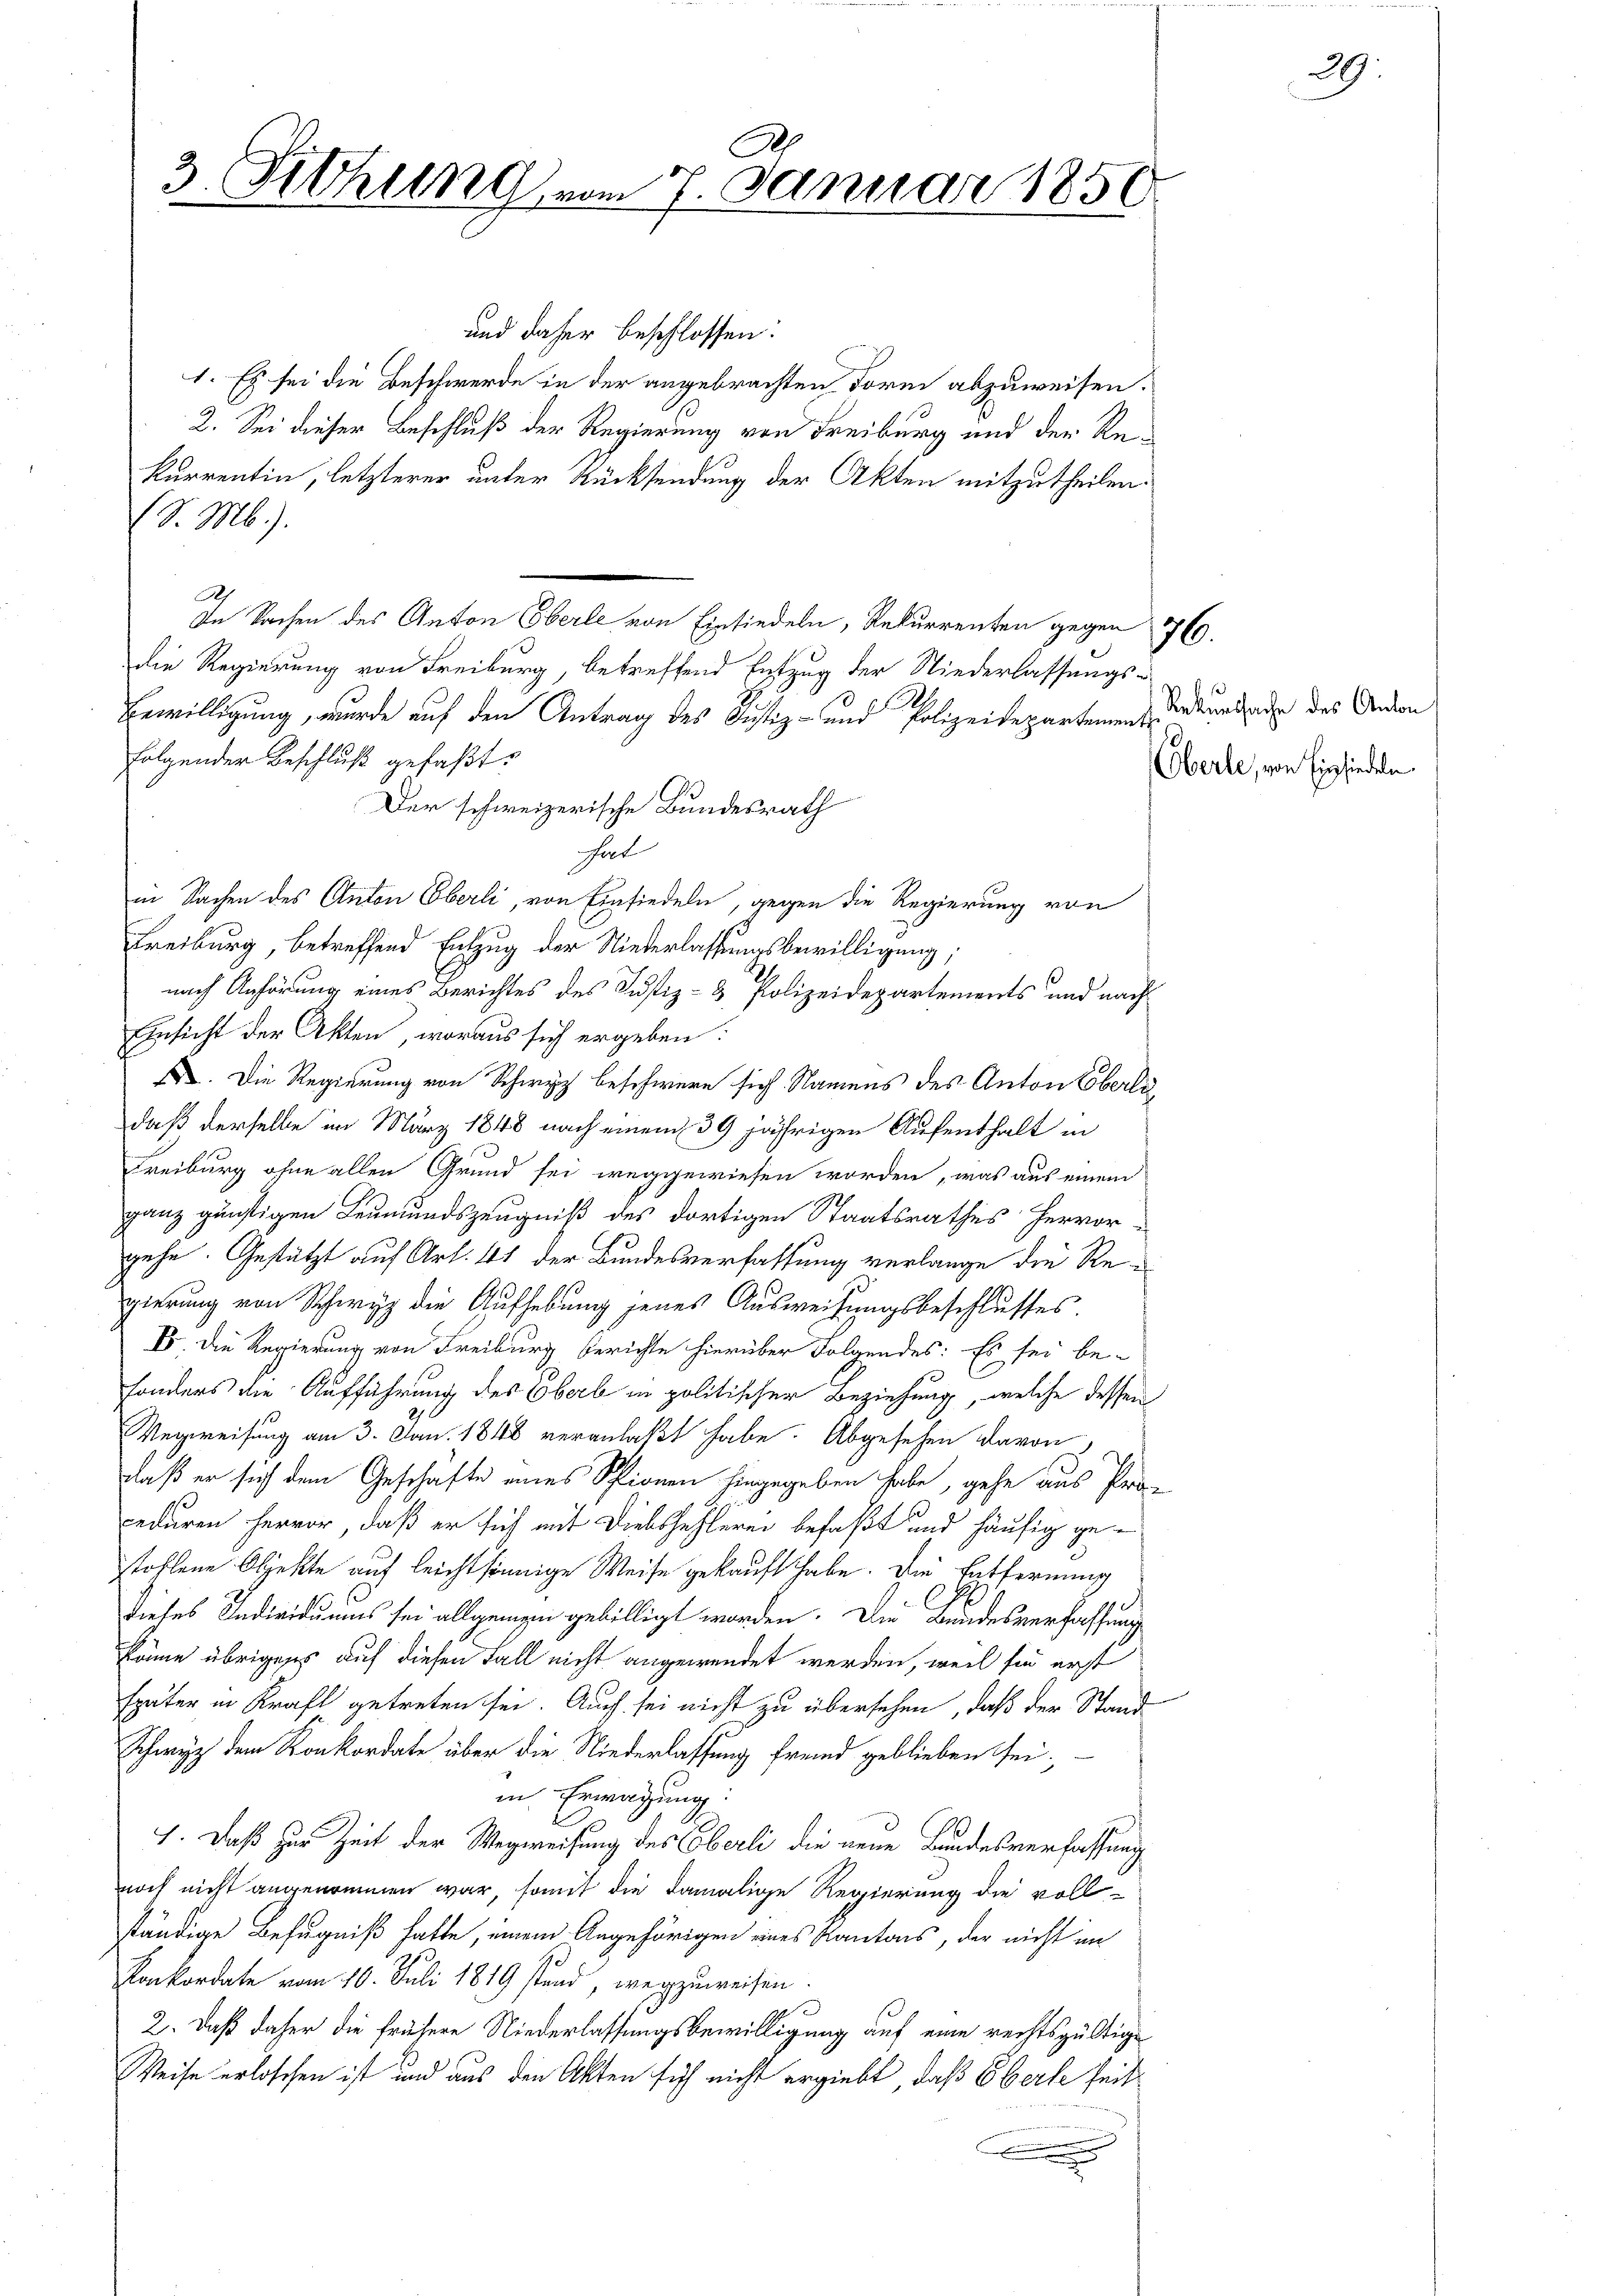
A.
3. Sitzung vom 7. Januar 1850

und daher beschlossen:
1. Es sei die Beschwerde in der angebrachten Form abzuweisen.
2. Sei dieser Beschluß der Regierung von Freiburg und der Rekurrentin, letzterer unter Rücksendung der Akten mitzutheilen.
(S. M.).
R.
In Sachen des Anton Eberle von Einsiedeln, Rekurrenten gegen 760.
Die Regierung von Freiburg, betreffend Entzug der Niederlassungs-
Bewilligung, wurde auf den Antrag des Justiz- und Polizeidepartement
folgender Beschluß gefaßt:
Der schweizerische Bundesrath
hat
in Sachen des Anton Eberli, von Einsiedeln, gegen die Regierung von
Freiburg, betreffend Entzug der Niederlassungsbewilligung,
nach Anhörung eines Berichtes des Justiz- & Polizeidepartements und nach
Einsicht der Akten, woraus sich ergeben:
F. Die Regierung von Schwyz beschwere sich Namens des Anton Eberlidaß derselbe im März 1848 nach einem 39 jährigen Aufenthalt in
Freiburg ohne allen Grund sei weggewiesen worden, was aus einem
ganz günstigen Leumundszeugniß des dortigen Staatsrathes hervor-
gehe. Gestützt auf Art. 41 der Bundesverfassung verlange die Regierung von Schwyz die Aufhebung jenes Ausweisungsbeschlusses.
V. Die Regierung von Freiburg berichte hierüber Folgendes: Es sei be-
sonders die Aufführung des Oberb in politischer Beziehung, welche dessen
Wegweisung am 3. Jan. 1848 veranlaßt habe. Abgesehen davon
daß er sich dem Geschäfte eines Schienen hingegeben habe, gehe aus Pro-
eduren hervor, daß er sich mit Diebshehlerei befaßt und häufig getohlene Objekte auf leichtsinnige Weise gekauft habe. Die Entfernung
dieses Individuums sei allgemein gebilligt worden. Die Bundesverfassung
käme übriges auf diesen Fall nicht angewendet werden, weil für erst
später in Kraft getreten sei. Auch sei nicht zu übersehen, daß der Stand
Schwyz dem Konkordate über die Niederlassung fremd geblieben seiin Erwägung:
1. Daß zur Zeit der Wegweisung des Oberli die neue Bundesverfassung
noch nicht angenommen war, somit die damalige Regierung die voll-
ständige Befugniß hatte, einem Angehörigen eines Kantons, der nicht im
Konkordate vom 10. Juli 1819 stand, wegzuweisen.
2. Daß daher die frühere Niederlassungsbewilligung auf eine rechtsgültige
Weise erloschen ist und aus den Akten sich nicht ergiebt, daß Oberle heit

29.

Rekurssache des Anton
Oberle, von Einsiedeln.